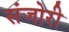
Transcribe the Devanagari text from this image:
संजोरी